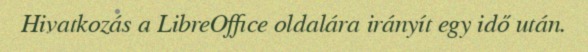
Hivatkozás a LibreOffice oldalára irányít egy idő után.